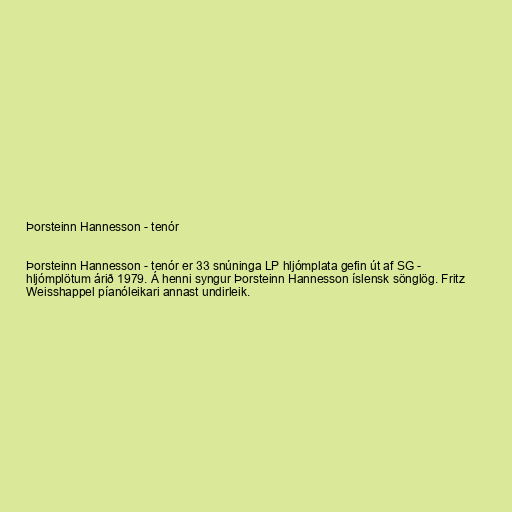
Þorsteinn Hannesson - tenór

Þorsteinn Hannesson - tenór er 33 snúninga LP hljómplata gefin út af SG -
hljómplötum árið 1979. Á henni syngur Þorsteinn Hannesson íslensk sönglög. Fritz
Weisshappel píanóleikari annast undirleik.